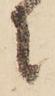
に